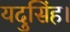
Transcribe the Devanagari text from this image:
यदुसिंह।